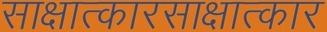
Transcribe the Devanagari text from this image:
साक्षात्कारसाक्षात्कार